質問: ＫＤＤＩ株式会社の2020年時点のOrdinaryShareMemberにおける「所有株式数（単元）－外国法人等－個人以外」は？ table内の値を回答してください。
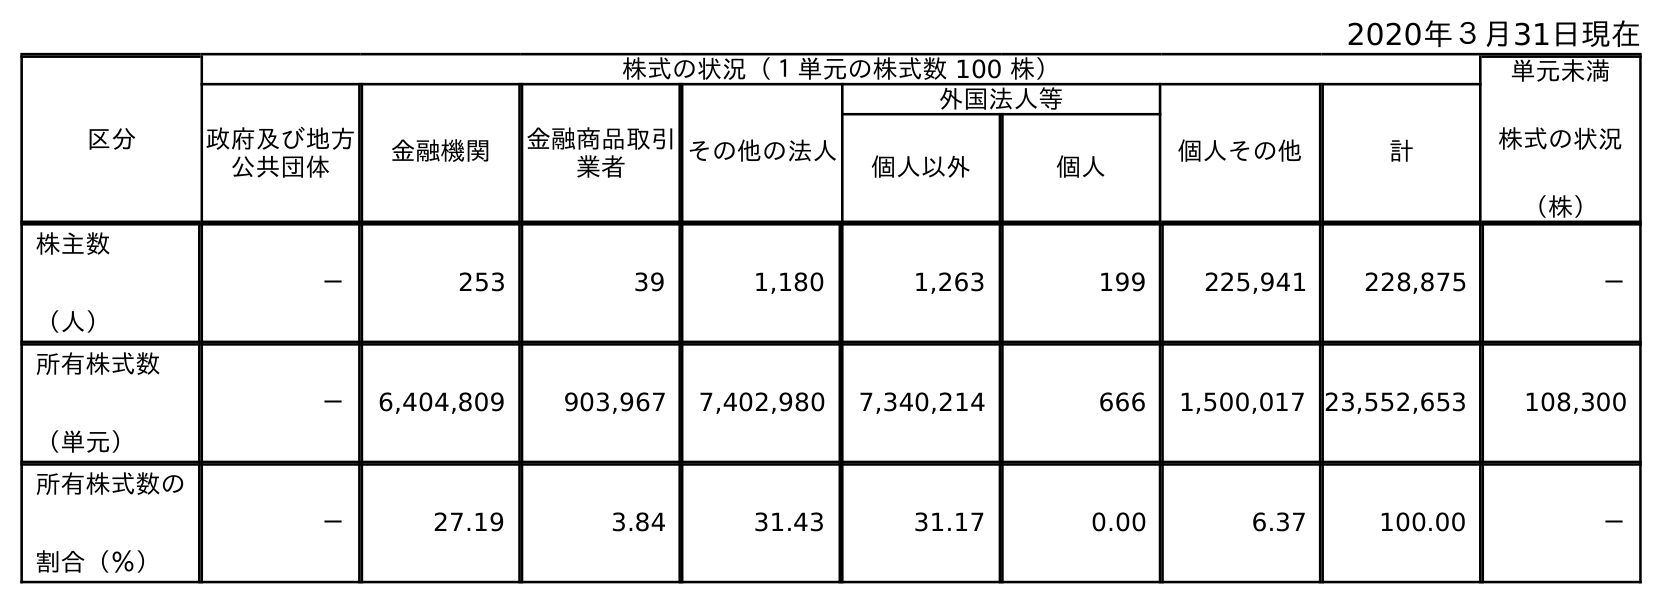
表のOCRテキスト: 2020年３月31日現在 区分 株式の状況（１単元の株式数 100 株） 単元未満 株式の状況 （株） 政府及び地方 公共団体 金融機関 金融商品取引 業者 その他の法人 外国法人等 個人その他 計 個人以外 個人 株主数 （人） － 253 39 1,180 1,263 199 225,941 228,875 － 所有株式数 （単元） － 6,404,809 903,967 7,402,980 7,340,214 666 1,500,017 23,552,653 108,300 所有株式数の 割合（％） － 27.19 3.84 31.43 31.17 0.00 6.37 100.00 －
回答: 7,340,214